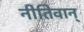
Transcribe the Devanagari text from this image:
नीतिवान्‌